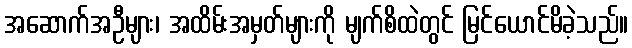
အဆောက်အဦများ၊ အထိမ်းအမှတ်များကို မျက်စိထဲတွင် မြင်ယောင်မိခဲ့သည်။